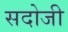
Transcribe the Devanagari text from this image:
सदोजी